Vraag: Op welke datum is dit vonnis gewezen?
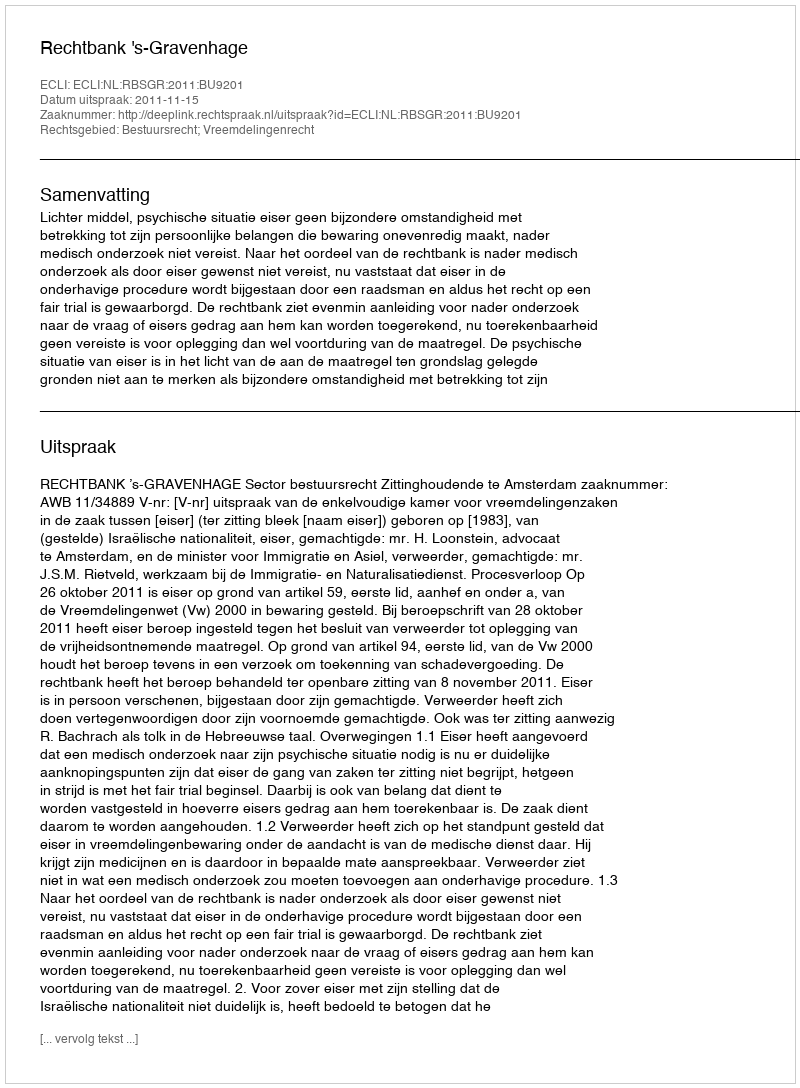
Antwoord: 2011-11-15